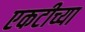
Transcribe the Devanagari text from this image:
एकटीच्या